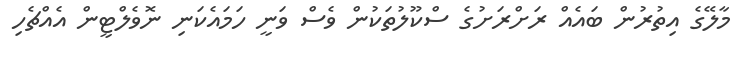
މާލޭގެ އިތުރުން ބައެއް ރަށްރަށުގެ ސްކޫލުތަކުން ވެސް ވަނީ ހަމައެކަނި ނޮވެލްޓީން އެއްޗެހި